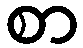
စာ